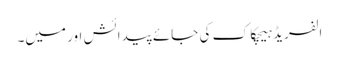
الفریڈ ہیچکاک کی جائے پیدائش اور میں۔